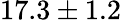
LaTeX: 17.3\pm 1.2